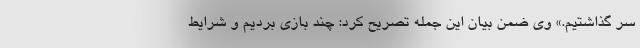
سر گذاشتیم.» وی ضمن بیان این جمله تصریح کرد: چند بازی بردیم و شرایط